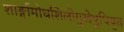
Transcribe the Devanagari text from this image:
शार्ङ्गामोघशिलीमुखेषुधियुत